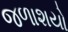
જળાશયો